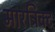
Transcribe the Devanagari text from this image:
मारट्रिक्ट